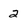
Character: 2